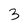
Character: 3